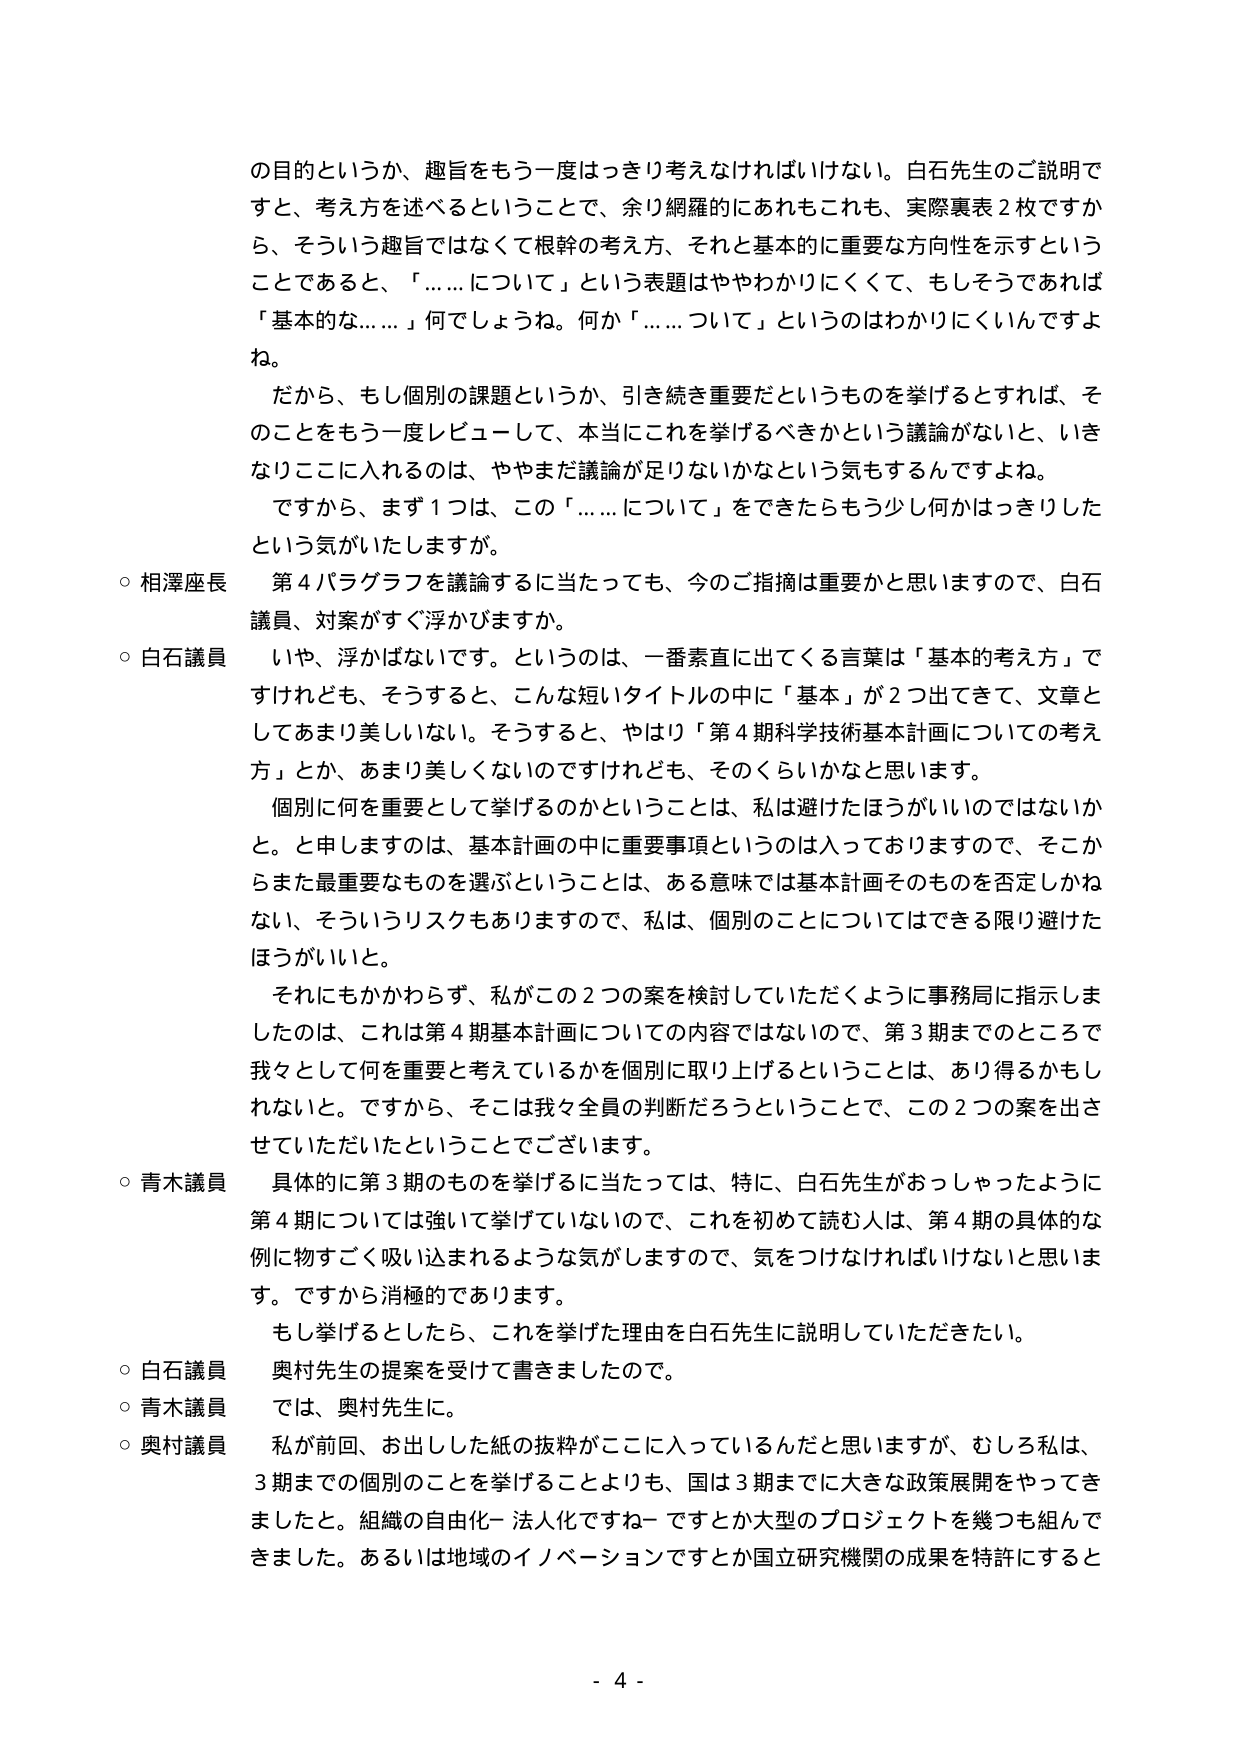
の目的というか、趣旨をもう一度はっきり考えなければならない。白石先生のご説明ですと、考え方を述べるということで、余り網羅的にあれもこれも、実際裏表２枚ですから、そういう趣旨ではなくて根幹の考え方、それと基本的に重要な方向性を示すということであると、「……について」という表題はややわかりにくくて、もしそうであれば「基本的な……」何でしょうね。何か「……について」というのはわかりにくいんですよね。

だから、もし個別の課題というか、引き続き重要だというものを挙げるとなれば、そのことをもう一度レビューして、本当にこれを挙げるべきかという議論がないと、いきなりここに入れるのは、ややまだ議論が足りないかなという気もするんですよね。

ですから、まず１つは、この「……について」をできたらもう少し何かはっきりしたという気がいたしますが。

○ 相澤座長　第４パラグラフを議論するに当たっても、今のご指摘は重要かと思いますので、白石議員、対案がすぐ浮かびますか。

○ 白石議員　いや、浮かばないです。というのは、一番素直に出てくる言葉は「基本的考え方」ですけれども、そうすると、こんな短いタイトルの中に「基本」が２つ出てきて、文章としてあまり美しいない。そうすると、やはり「第４期科学技術基本計画についての考え方」とか、あまり美しくないのですけれども、そのくらいかなと思います。

個別に何を重要として挙げるのかということは、私は避けたほうがいいのではないかと。と申しますのは、基本計画の中に重要事項というのは入っておりますので、そこからまた最重要なものを選ぶということは、ある意味では基本計画そのものを否定しかねない、そういうリスクもありますので、私は、個別のことについてはできる限り避けたほうがいいと。

それにもかかわらず、私がこの２つの案を検討していただくように事務局に指示しましたのは、これは第４期基本計画についての内容ではないので、第３期までのことです。我々として何を重要と考えているかを個別に取り上げるということは、あり得るかもしれない。ですから、そこは我々全員の判断だろうということで、この２つの案を出させていただいたということでございます。

○ 青木議員　具体的に第３期のものを挙げるに当たっては、特に、白石先生がおっしゃったように第４期については強いて挙げていないので、これを初めて読む人は、第４期の具体的な例に物すごく吸い込まれるような気がしますので、気をつけなければいけないと思います。ですから消極的であります。

もし挙げるとしたなら、これを挙げた理由を白石先生に説明していただきたい。

○ 白石議員　奥村先生の提案を受けて書きましたので。

○ 青木議員　では、奥村先生に。

○ 奥村議員　私が前回、お出した紙の抜粋がここに入っているんだと思いますが、むしろ私は、３期までの個別のことを見ることよりも、国は３期までに大きな政策展開をやってきました。組織の自由化－法人化ですね－ですとか大型のプロジェクトを幾つも組んできました。あるいは地域のイノベーションですとか国立研究機関の成果を特許にすると

- 4 -